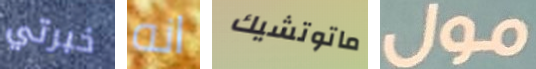
خبرتي انه ماتوتشيك مول